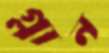
গ্লান